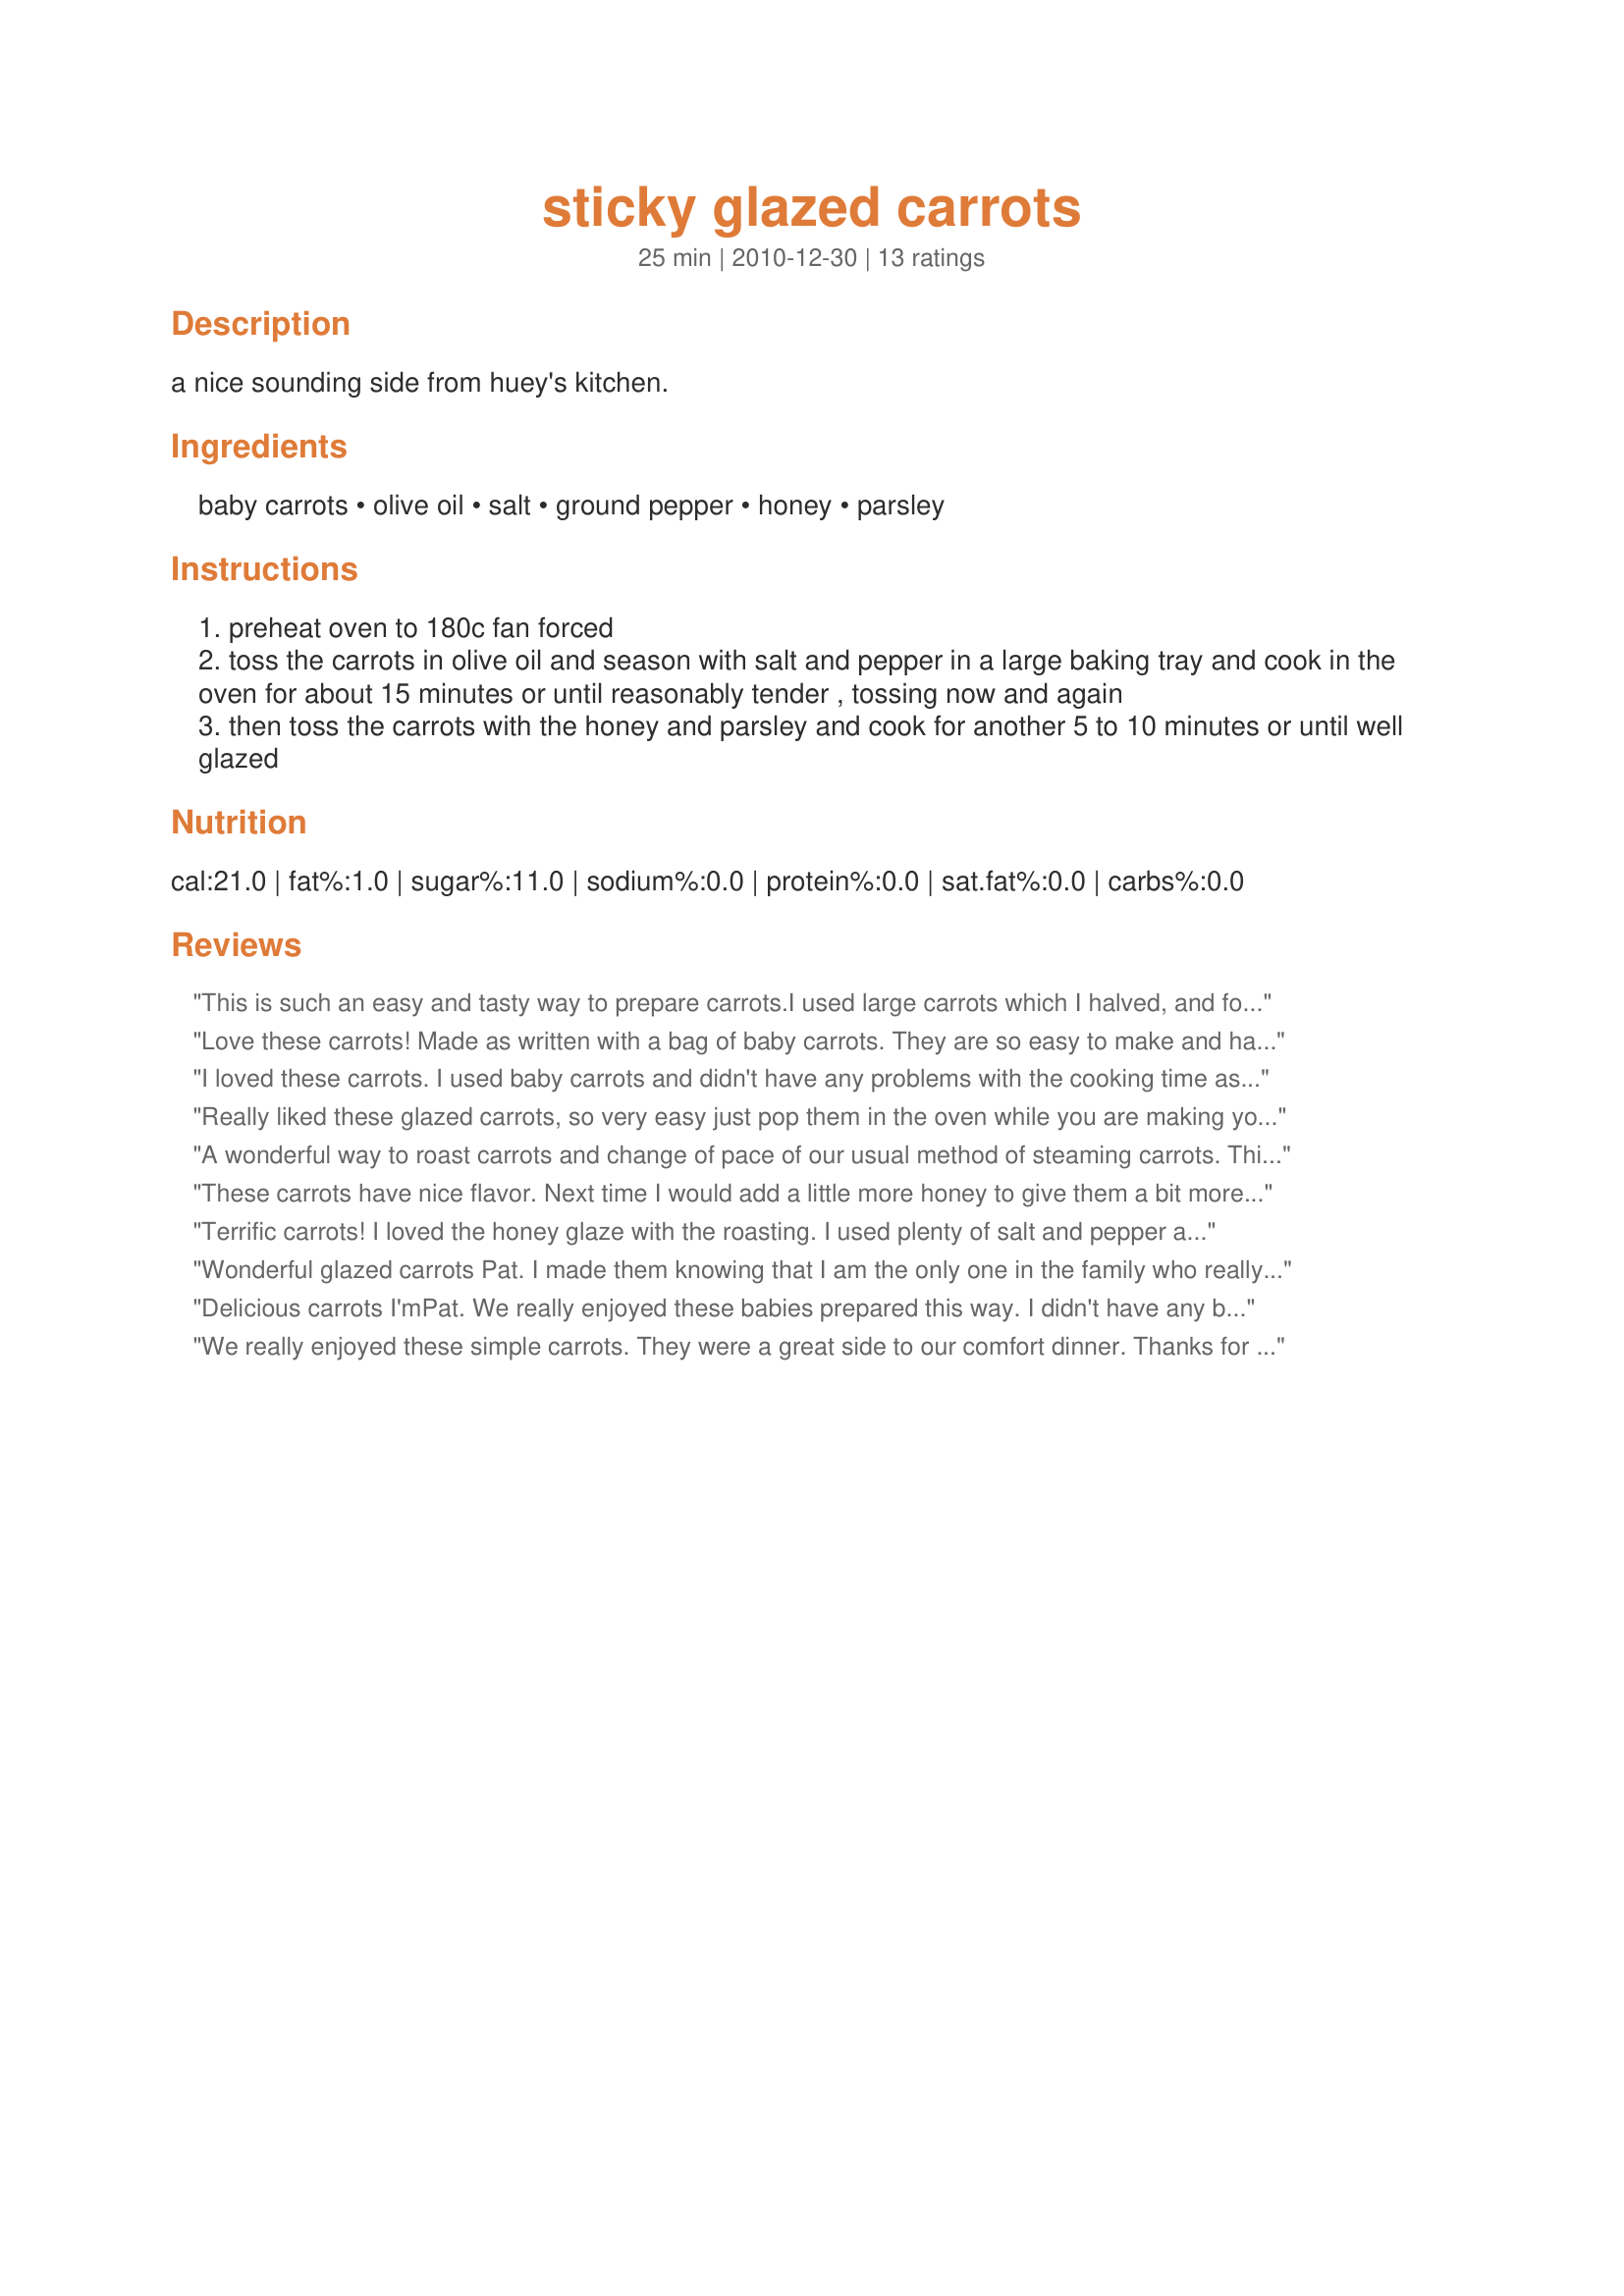
sticky glazed carrots
Preparation time: 25 minutes

a nice sounding side from huey's kitchen.

Ingredients:
baby carrots, olive oil, salt, ground pepper, honey, parsley

Steps:
preheat oven to 180c fan forced
toss the carrots in olive oil and season with salt and pepper in a large baking tray and cook in the oven for about 15 minutes or until reasonably tender , tossing now and again
then toss the carrots with the honey and parsley and cook for another 5 to 10 minutes or until well glazed

Reviews:
This is such an easy and tasty way to prepare carrots.<br/>I used large carrots which I halved, and followed the rest of the recipe as written. I cooked these whilst preparing the rest of the dinner.<br/>Just so easy and so simple, it doesn't get an easier than this!<br/>The whole family loved the carrots prepared this way. <br/>Thanks Pat, will be making these often.
Love these carrots! Made as written with a bag of baby carrots. They are so easy to make and have a nice natural-tasting sweetness to them. Will be making these again as this is going into my Best of cookbook! Made for AUS/NZ Recipe Swap Nov 2012.
I loved these carrots. I used baby carrots and didn't have any problems with the cooking time as some other reviewers did. I baked them at 375 degrees according to directions........I guess it depends on your own personal taste and how big the carrots are. I will definitely make again. Reviewed for the Newest Zaar Tag game in April 2012.
Really liked these glazed carrots, so very easy just pop them in the oven while you are making your dinner. Made these sweet little carrots as written and would not change a thing. Thanks for the post.
A wonderful way to roast carrots and change of pace of our usual method of steaming carrots. This is so much easier and requires less effort. My carrots needed at least twice the amount of cooking time as written in the recipe, though it could easily have been an issue with my oven. Thank you for sharing your recipe, I'mPat.
These carrots have nice flavor. Next time I would add a little more honey to give them a bit more glaze. I also needed extra cooking time. I had the oven at 400 F and I cooked it about 10 minutes longer than the recipe recommended, and they were still quite crunchy. They probably could have stayed in the oven another few minutes, but were still tasty.
Terrific carrots! I loved the honey glaze with the roasting. I used plenty of salt and pepper and might add some garlic next time. Great way to enjoy carrots - thanks for sharing the recipe!
Wonderful glazed carrots Pat. I made them knowing that I am the only one in the family who really cares for carrots that have been cooked. However, I tend to make things from time to time for the kids to eat that they do not care for as tastes change. So glad I did, because 2 of the 4 kids LOVED these carrots. I did not cook them quite as long as the recipe called, so that they were still quite crisp- just a personal preference. I will definitely make these again. Thanks for posting your recipe. Made and reviewed for the 49th AUS/NZ Recipe Swap.
Delicious carrots I'mPat. We really enjoyed these babies prepared this way. I didn't have any baby carrotes, so I cut the big carrotes on an angel and roasted them a lot longer than requested. They turned out great, sweet and tender with a lovely glaze. Thanks for sharing your quick and easy to make recipe.
We really enjoyed these simple carrots. They were a great side to our comfort dinner. Thanks for sharing, Pat.
Made one small change in the preparation/presentation ~ I added the chopped parsley just before serving & like the looks of it that way! Enjoyed the carrots! As with other reviewers, I cooked them just slightly longer, but we do like our carrots with a little crunch, so . . . [Made & reviewed in Zaar Stars recipe tag]
Excellent and easy recipe! I loved the lightly roasted carrots (I did mine on 365 degrees F. and roasted about 5 minutes longer than stated) with the honey glaze. So delicious!
Nice change of pace. My oven is older so I let them bake a little longer, I like mine nice and done. Made for I Recommend.
